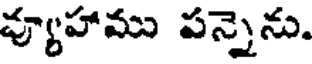
వ్యూహాము పన్నెను.